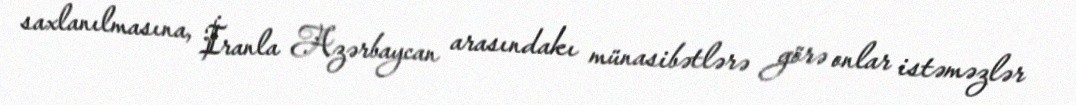
saxlanılmasına, İranla Azərbaycan arasındakı münasibətlərə görə onlar istəməzlər